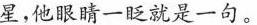
星，他眼睛一眨就是一句。